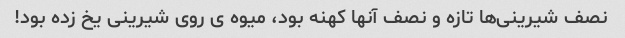
نصف شیرینى‌ها تازه و نصف آنها کهنه بود، میوه ى روى شیرینى یخ زده بود!